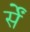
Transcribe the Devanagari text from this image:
र्सें